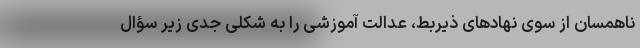
ناهمسان از سوی نهادهای ذیربط، عدالت آموزشی را به شکلی جدی زیر سؤال